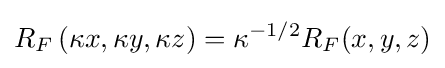
R_{F}\left(\kappa x,\kappa y,\kappa z\right)=\kappa ^{-1/2}R_{F}(x,y,z)